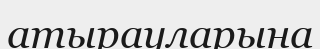
атырауларына